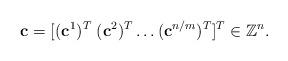
LaTeX: \begin{align*}\mathbf c =[(\mathbf c^1)^T \; (\mathbf c^2)^T\ldots (\mathbf c^{n/m})^T]^{T} \in \mathbb Z^n.\end{align*}